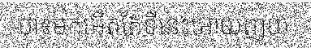
ថា៖មកអើតតែទីនេះអោយញយ